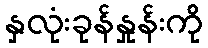
နှလုံးခုန်နှုန်းကို